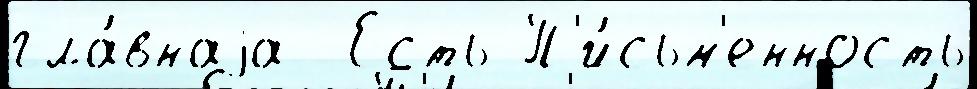
гла́внаjа  Есть П'и́сьм'енность